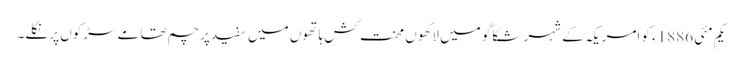
یکم مئی 1886ء کو امریکہ کے شہر شکاگو میں لاکھوں محنت کش ہاتھوں میں سفید پرچم تھامے سڑکوں پر نکلے۔